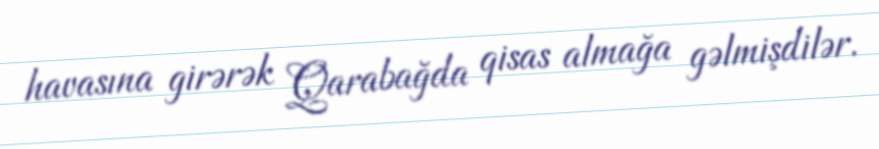
havasına girərək Qarabağda qisas almağa gəlmişdilər.